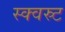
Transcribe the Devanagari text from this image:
स्क्वस्र्ट